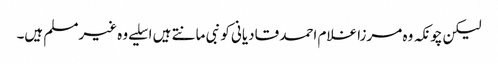
لیکن چونکہ وہ مرزا غلام احمد قادیانی کو نبی مانتے ہیں اسلیے وہ غیرمسلم ہیں۔